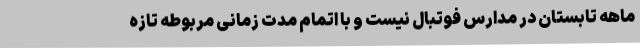
ماهه تابستان در مدارس فوتبال نیست و با اتمام مدت زمانی مربوطه تازه